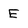
Character: E